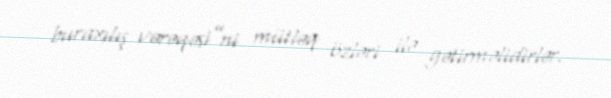
buraxılış vərəqəsi”ni mütləq özləri ilə gətirməlidirlər.